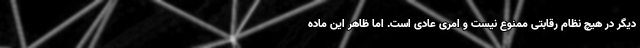
دیگر در هیچ نظام رقابتی ممنوع نیست و امری عادی است. اما ظاهر این ماده